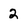
Character: 2